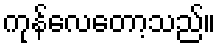
ကုန်လေတော့သည်။